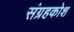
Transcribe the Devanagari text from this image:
संग्रहकोश